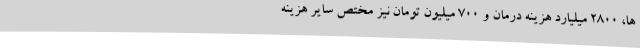
ها، 2800 میلیارد هزینه درمان و 700 میلیون تومان نیز مختص سایر هزینه